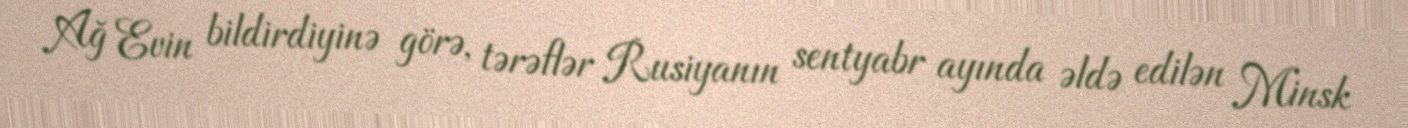
Ağ Evin bildirdiyinə görə, tərəflər Rusiyanın sentyabr ayında əldə edilən Minsk